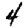
Digit: 4